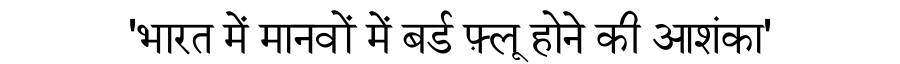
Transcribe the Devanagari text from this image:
'भारत में मानवों में बर्ड फ़्लू होने की आशंका'